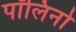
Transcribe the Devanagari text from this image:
पॉलिनो